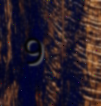
9